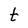
Character: t